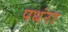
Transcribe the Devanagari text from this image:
पधंरा